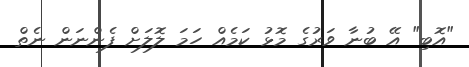
"އޮބި" އޭ ބުނާ ވަރުގެ މޮޅު ކަމެއް ހަމަ ލޮލަށް ފެންނަން ނެތް